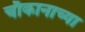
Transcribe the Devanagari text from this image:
चौकानाच्या